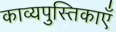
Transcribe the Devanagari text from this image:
काव्यपुस्तिकाएँ